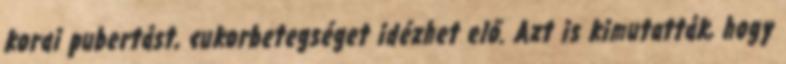
korai pubertást, cukorbetegséget idézhet elő. Azt is kimutatták, hogy